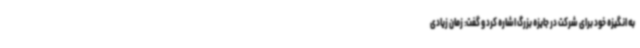
به انگیزه خود برای شرکت در جایزه بزرگ اشاره کرد و گفت: زمان زیادی